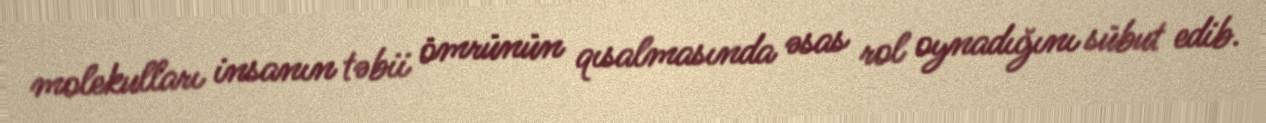
molekulları insanın təbii ömrünün qısalmasında əsas rol oynadığını sübut edib.